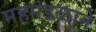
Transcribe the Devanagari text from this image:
महमंडळाने